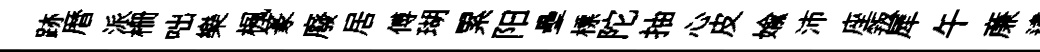
跡暦派栅咄樂楓篆廢居傅瑚累阳壘標陀抽心皮媮沛座叛犀午亷逮